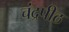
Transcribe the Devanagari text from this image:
चंद्रपीठ